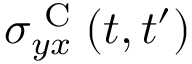
\sigma _ { y x } ^ { \textrm { C } } ( t , t ^ { \prime } )